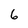
Character: 6